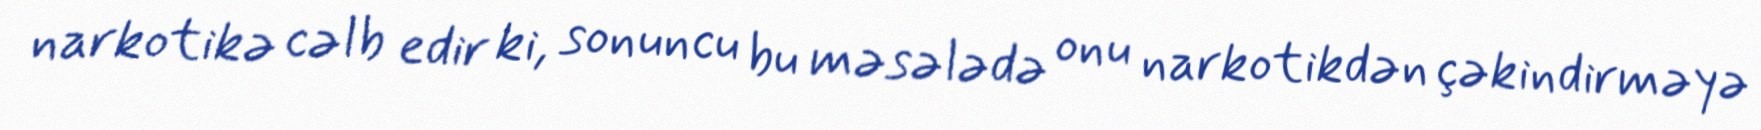
narkotikə cəlb edir ki, sonuncu bu məsələdə onu narkotikdən çəkindirməyə